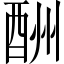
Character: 酬